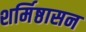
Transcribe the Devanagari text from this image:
शर्मिष्ठासन